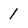
Character: 1